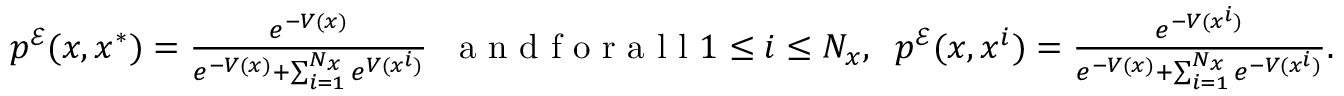
\begin{array} { r } { p ^ { \mathcal { E } } ( x , x ^ { * } ) = \frac { e ^ { - V ( x ) } } { e ^ { - V ( x ) } + \sum _ { i = 1 } ^ { N _ { x } } e ^ { V ( x ^ { i } ) } } \; \; \textrm { a n d f o r a l l } 1 \leq i \leq N _ { x } , \; \; p ^ { \mathcal { E } } ( x , x ^ { i } ) = \frac { e ^ { - V ( x ^ { i } ) } } { e ^ { - V ( x ) } + \sum _ { i = 1 } ^ { N _ { x } } e ^ { - V ( x ^ { i } ) } } . } \end{array}